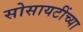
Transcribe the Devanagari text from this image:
सोसायटींच्या